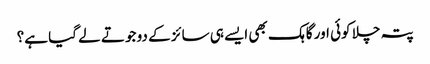
پتہ چلا کوئی اور گاہک بھی ایسے ہی سائز کے دو جوتے لے گیا ہے؟